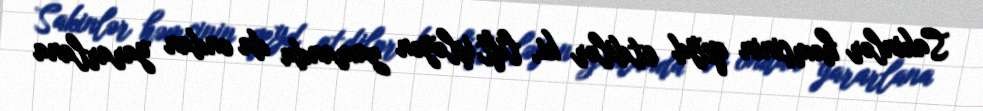
Sakinlər həmçinin qeyd etdilər ki, lift işləyən zamanda da ondan yararlana